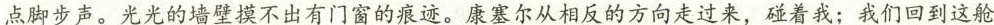
点脚步声。光光的墙壁摸不出有门窗的痕迹。康塞尔从相反的方向走过来，碰着我；我们回到这舱